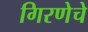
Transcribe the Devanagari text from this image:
गिरणेचे